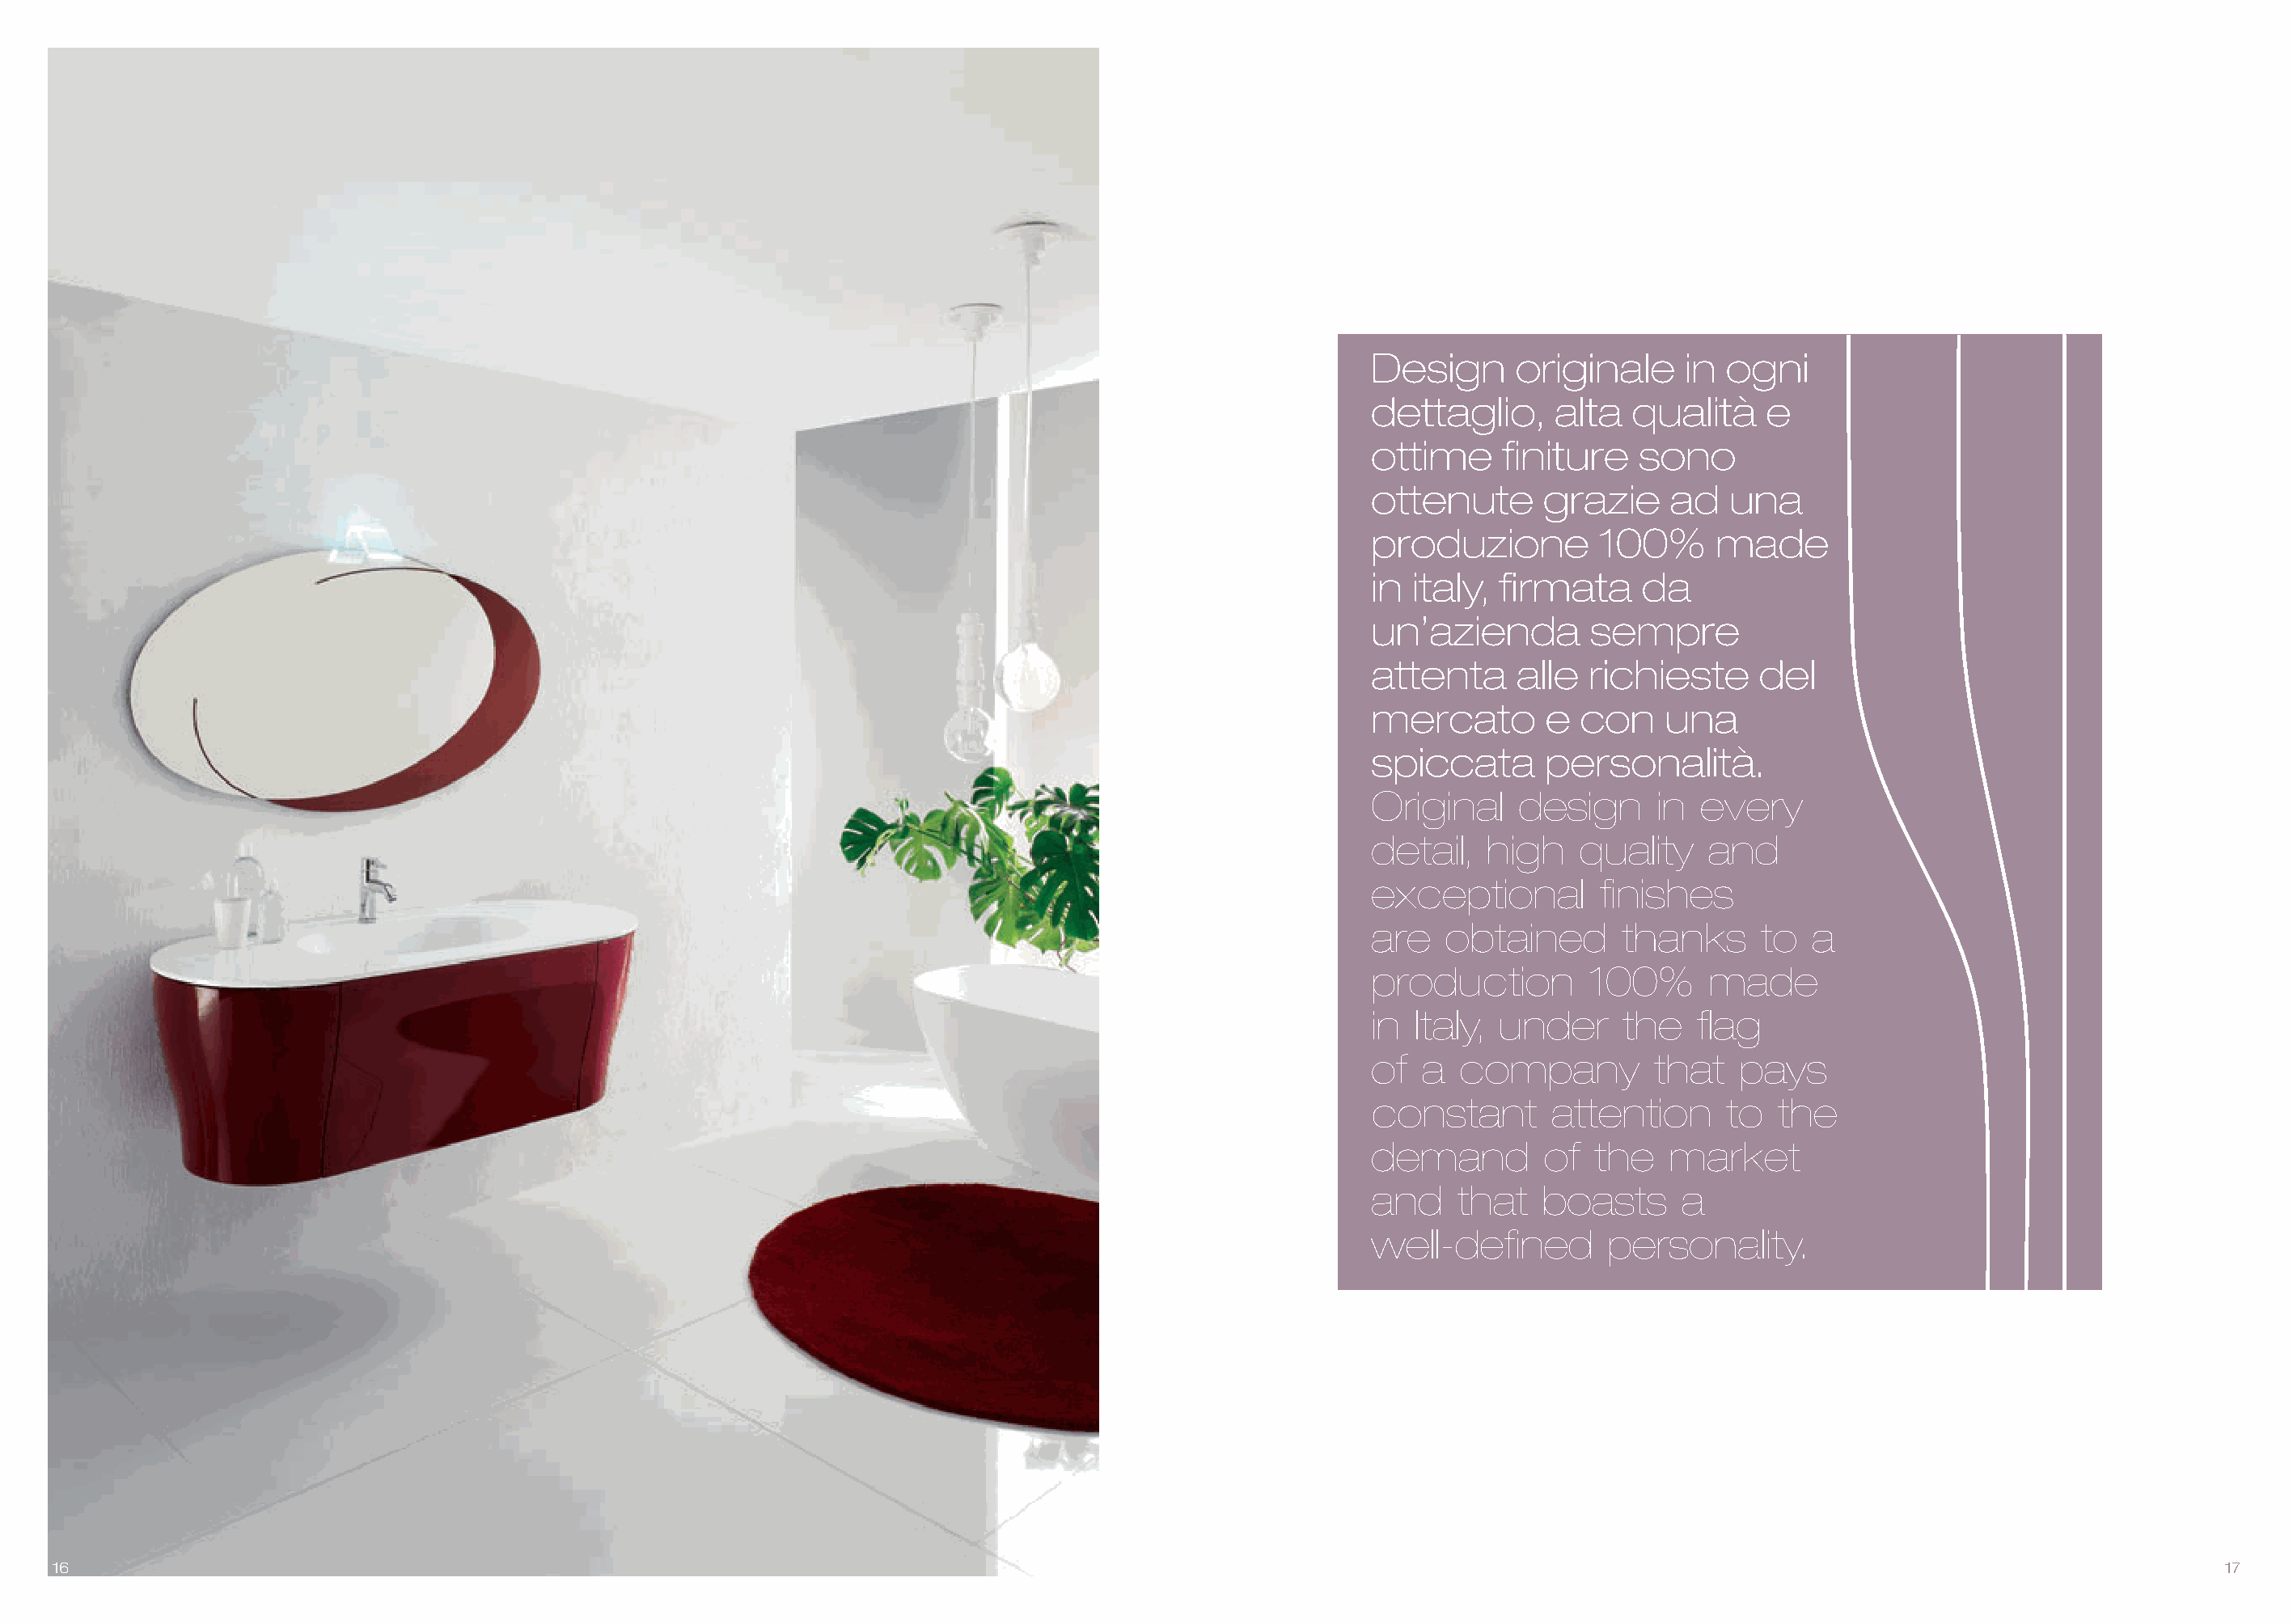
Design      originale     in ogni
 dettaglio,     alta  qualità    e
 ottime     finiture   sono
 ottenute      grazie     ad  una
 produzione         100%     made
 in italy,  firmata    da
 un’azienda        sempre
 attenta     alle  richieste     del
 mercato       e  con    una
 spiccata      personalità.
 Original    design     in  every
 detail,   high   quality    and
 exceptional        finishes
 are   obtained       thanks     to  a
 production        100%      made
 in  Italy, under     the   flag
 of  a  company         that   pays
 constant       attention     to  the
 demand        of  the   market
 and    that   boasts     a
 well-defined       personality.
 16                                                                                                                                                                                17